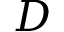
D